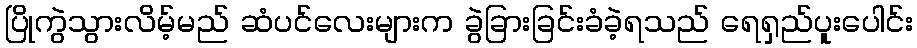
ပြိုကွဲသွားလိမ့်မည် ဆံပင်လေးများက ခွဲခြားခြင်းခံခဲ့ရသည် ရေရှည်ပူးပေါင်း